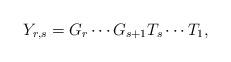
LaTeX: \begin{align*}Y_{r,s}=G_r\cdots G_{s+1}T_s \cdots T_1,\end{align*}